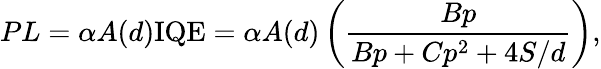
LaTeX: PL=\alpha A(d)\mathrm{{IQE}}=\alpha A(d)\left(\frac{Bp}{Bp+Cp^{2}+4S/d}\right),